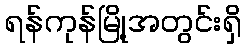
ရန်ကုန်မြို့အတွင်းရှိ